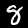
Digit: 8